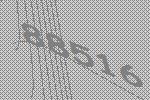
88516